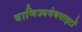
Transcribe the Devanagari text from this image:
वाणिज्यवेबसाइटों